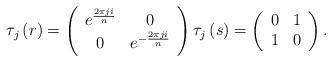
LaTeX: \begin{align*}\tau_{j}\left( r\right) =\left(\begin{array}[c]{cc}e^{\frac{2\pi ji}{n}} & 0\\0 & e^{-\frac{2\pi ji}{n}}\end{array}\right) \tau_{j}\left( s\right) =\left(\begin{array}[c]{cc}0 & 1\\1 & 0\end{array}\right) . \end{align*}